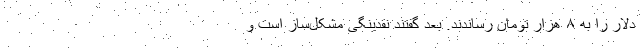
دلار را به ۸ هزار تومان رساندند. بعد گفتند نقدینگی مشکل‌ساز است و